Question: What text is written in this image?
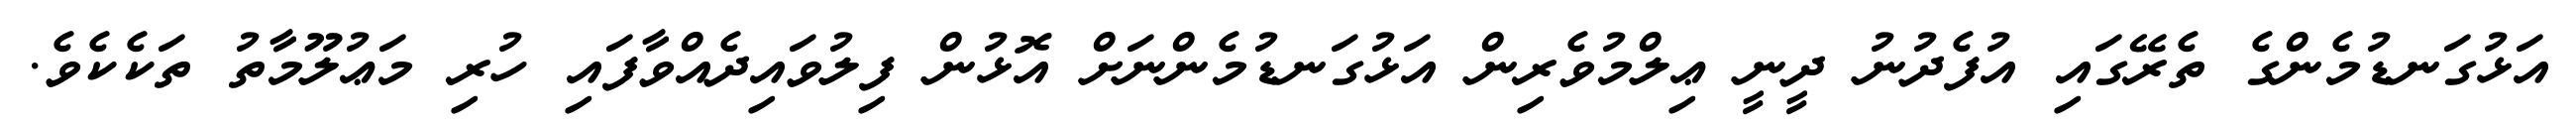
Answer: އަޅުގަނޑުމެންގެ ތެރޭގައި އުފެދުނު ދީނީ ޢިލްމުވެރިން އަޅުގަނޑުމެންނަށް އޮޅުން ފިލުވައިދެއްވާފައި ހުރި މަޢުލޫމާތު ތަކެކެވެ.